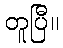
တူပြီ။